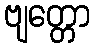
ဗျတ္တော